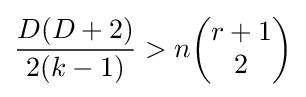
{\frac {D(D+2)}{2(k-1)}}>n{\begin{pmatrix}r+1\\2\end{pmatrix}}